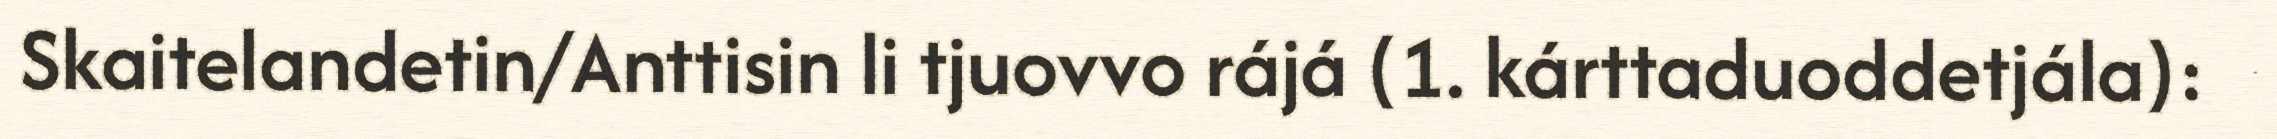
Skaitelandetin/Anttisin li tjuovvo rájá (1. kárttaduoddetjála):